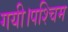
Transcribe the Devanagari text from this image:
गयी।पश्चिम